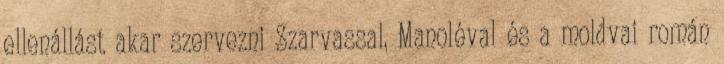
ellenállást akar szervezni Szarvassal, Manoléval és a moldvai román